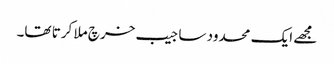
مجھے ایک محدود سا جیب خرچ ملا کرتا تھا۔